Report on sanitation, dispensaries, and jails in Rajputana for 1920, and on vaccination for the year 1920-1921 - 1920-1921
Year: 1920
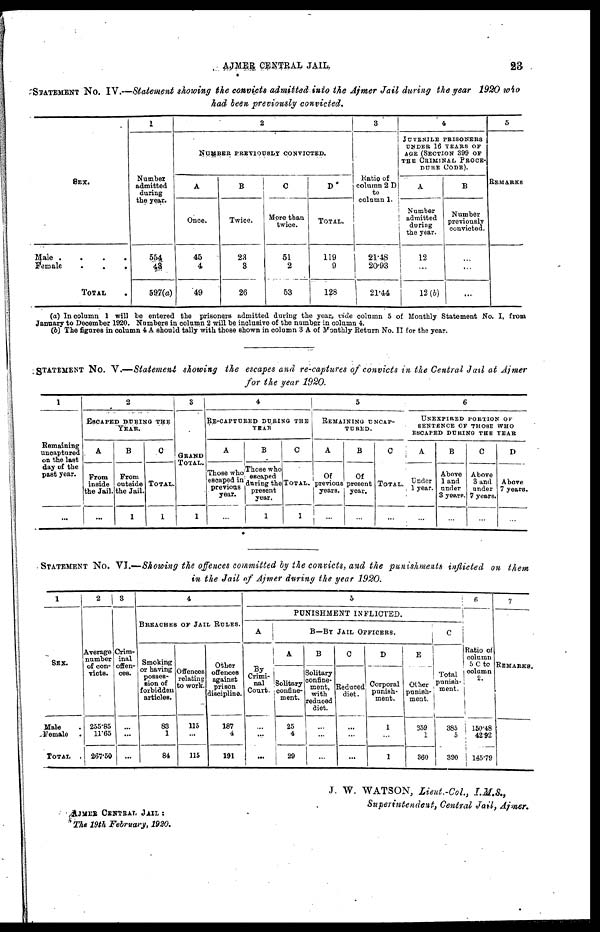
AJMER CENTRAL JAIL
23
STATEMENT No. IV.—Statement showing the convicts admitted into the Ajmer Jail during the year 1920 who
had been previously
convicted.
SEX.
Male .
.
.
.
Female
.
.
.
TOTAL
1
Number
admitted
during
the year.
554
43
597(a)
2
NUMBER PREVIOUSLY CONVICTED.
A
Once.
45
4
49
B
Twice.
23
3
26
C
More than
twice.
51
2
53
D
TOTAL.
119
9
128
3
Ratio of
column 2 D
to
column 1.
21.48
20.93
21.44
4
JUVENILE PRISONERS
UNDER 16 YEARS OF
AGE (SECTION 399 OF
THE CRIMINAL PROCE-
DURE CODE).
A
Number
admitted
during
the year.
12
...
12(b)
B
Number
previously
convicted.
...
...
...
5
REMARKS
(a) In column 1 will be entered the prisoners admitted during the year vide column 5 of Monthly Statement No. I. from
January to December 1920. Numbers in column 2 will be inclusive of the number in column 4.
(b) The figures in column 4 A should tally with those shown in column 3 A of Monthly Return No. II for the year.
STATEMENT No. V.—Statement showing the escapes and re-captures of convicts in the Central Jail at Ajmer
for the year 1920.
1
Remaining
uncaptnred
on the last
day of the
past year.
...
2
ESCAPED DURING THE
YEAR.
A
From
inside
the Jail.
...
B
From
outside
the Jail.
1
C
TOTAL.
1
3
GRAND
TOTAL.
1
4
RE-CAPTURED DURING THE
YEAR
A
Those who
escaped in
previous
year.
...
B
Those who
escaped
during the
present
year.
1
C
TOTAL.
1
5
REMAINING UNCAP-
TURED.
A
Of
previous
years.
...
B
Of
present
year.
...
C
TOTAL.
...
6
UNEXPIRED PORTION OF
SENTENCE OF THOSE WHO
ESCAPED DURING THE YEAR
A
Under
1 year.
...
B
Above
1 and
under
3 years.
...
C
Above
3 and
under
7 years.
...
D
Above
7 years.
...
STATEMENT No. VI.—Showing the offences committed by the convicts, and the punishments inflicted on them
in the Jail of Ajmer during the year 1920.
1
SEX.
Male .
Female .
TOTAL .
2
Average
number
of con-
victs.
255.85
11.65
267.50
3
Crim-
inal
offen-
ces.
...
...
...
4
BREACHES OF JAIL RULES.
Smoking
or having
posses-
sion of
forbidden
articles.
83
1
84
Offences
relating
to work.
115
...
115
Other
offences
against
prison
discipline.
187
4
191
5
PUNISHMENT INFLICTED.
A
By
Crimi-
nal
Court.
...
...
...
B—BY JAIL OFFICERS.
A
Solitary
confine-
ment.
25
4
29
B
Solitary
confine-
ment,
with
reduced
diet.
...
...
...
C
Reduced
diet.
...
...
...
D
Corporal
punish-
ment.
1
...
1
E
Other
punish-
ment.
359
1
360
C
Total
punish-
ment.
385
5
390
6
Ratio of
column
5 C to
column
2.
150.48
42.92
145.79
7
REMARKS.
AJMER CENTRAL JAIL :
The 19th February, 1920.
J. W. WATSON, Lieut.-Col.,
I.M.S.,
Superintendent, Central Jail, Ajmer.